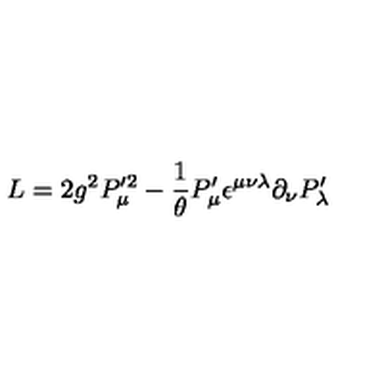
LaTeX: { \sl L } = 2 g ^ { 2 } P _ { \mu } ^ { \prime 2 } - { \frac { 1 } { \theta } } P _ { \mu } ^ { \prime } \epsilon ^ { \mu \nu \lambda } \partial _ { \nu } P _ { \lambda } ^ { \prime }